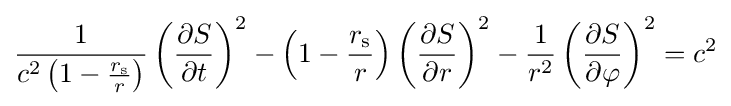
{\frac {1}{c^{2}\left(1-{\frac {r_{\text{s}}}{r}}\right)}}\left({\frac {\partial S}{\partial t}}\right)^{2}-\left(1-{\frac {r_{\text{s}}}{r}}\right)\left({\frac {\partial S}{\partial r}}\right)^{2}-{\frac {1}{r^{2}}}\left({\frac {\partial S}{\partial \varphi }}\right)^{2}=c^{2}